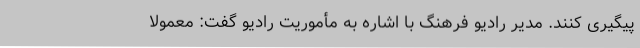
پیگیری کنند. مدیر رادیو فرهنگ با اشاره به مأموریت رادیو گفت: معمولاً